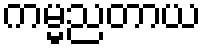
ကမ္မညတာယ